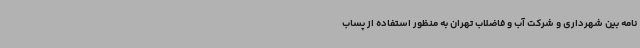
نامه بین شهرداری و شرکت آب و فاضلاب تهران به منظور استفاده از پساب